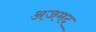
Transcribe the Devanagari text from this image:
अजमद